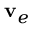
{ \bf v } _ { e }